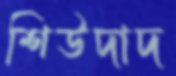
শিউদাদ